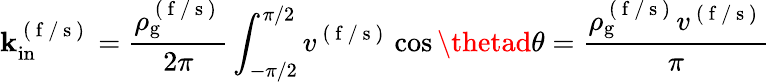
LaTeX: \mathbf{k}_{\mathrm{{in}}}^{\mathrm{{~(~f~/~s~)~}}}=\frac{{\rho_{\mathrm{{g}}}^{\mathrm{{~(~f~/~s~)~}}}}}{{2\pi}}\int_{-\pi/2}^{\pi/2}v^{\mathrm{{~(~f~/~s~)~}}}\cos\thetad\theta=\frac{{\rho_{\mathrm{{g}}}^{\mathrm{{~(~f~/~s~)~}}}v^{\mathrm{{~(~f~/~s~)~}}}}}{{\pi}}